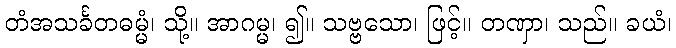
တံအသင်္ခတဓမ္မံ၊ သို့။ အာဂမ္မ၊ ၍။ သဗ္ဗသော၊ ဖြင့်။ တဏှာ၊ သည်။ ခယံ၊